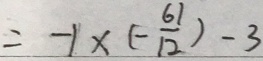
= - 1 \times ( - \frac { 6 1 } { 1 2 } ) - 3